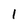
Character: 1